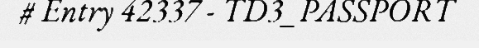
# Entry 42337 - TD3_PASSPORT